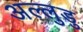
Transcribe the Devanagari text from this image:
अल्लुडु